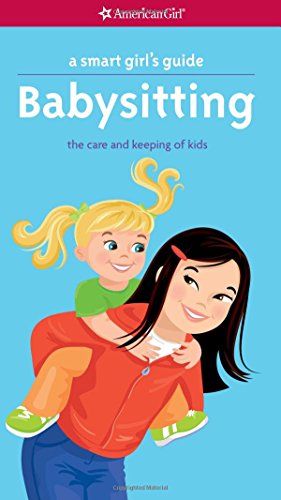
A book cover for A Smart Girl's Guide: Babysitting: The Care and Keeping of Kids (Smart Girl's Guides); Harriet Brown; Children's Books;